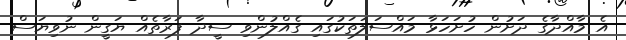
އެ މާއްދާގެ ދަށުން ހުށަހަޅާ މައްސަލަތަކުގައި ގެއްލުންވި ސީދާ ފަރާތެއް ޔަގީން ނުވިޔަސް